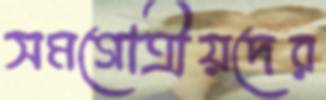
সমগোত্রীয়দের